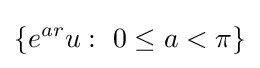
\lbrace e^{ar}u:\ 0\leq a<\pi \rbrace